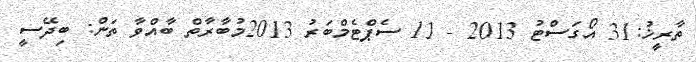
ތާރީޚު:31 އޯގަސްޓު 2013 - 11 ސެޕްޓެމްބަރު 2013މުބާރާތް ބާއްވާ ތަން: ބިދޭސީ